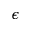
\epsilon